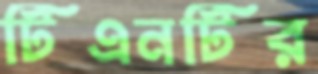
টিএনটির